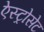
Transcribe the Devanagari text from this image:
ऐस्ट्रोसेट